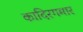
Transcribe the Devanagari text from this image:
कादिरगमार